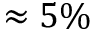
\approx 5 \%